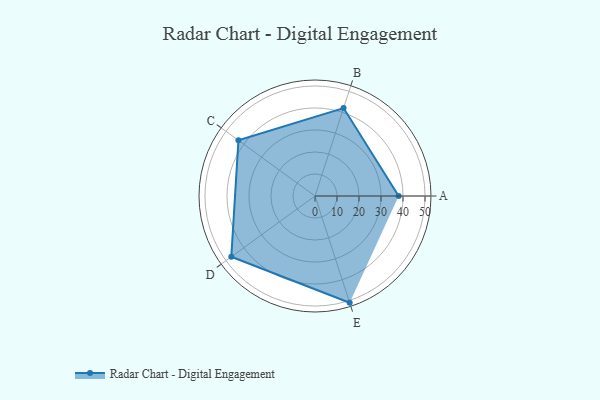
{"axis": {"x": "Skill", "y": "Score"}, "legend": ["Profile"], "data": [{"x": "A", "y": 38.0, "type": "Profile"}, {"x": "B", "y": 42.0, "type": "Profile"}, {"x": "C", "y": 43.0, "type": "Profile"}, {"x": "D", "y": 47.0, "type": "Profile"}, {"x": "E", "y": 51.0, "type": "Profile"}]}